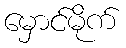
မှောင်မိုက်